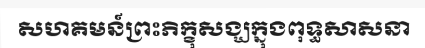
សហគមន៍ព្រះភិក្ខុសង្ឃក្នុងពុទ្ធសាសនា